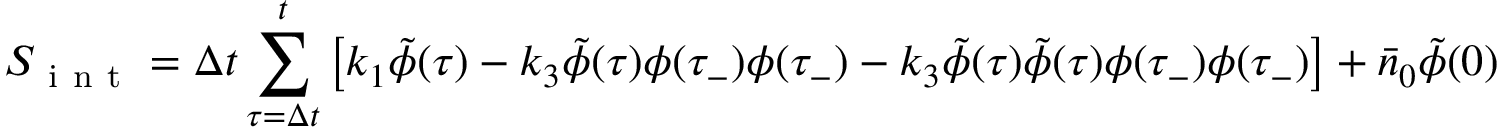
S _ { \mathrm { ~ i ~ n ~ t ~ } } = \Delta t \sum _ { \tau = \Delta t } ^ { t } \left[ k _ { 1 } \tilde { \phi } ( \tau ) - k _ { 3 } \tilde { \phi } ( \tau ) \phi ( \tau _ { - } ) \phi ( \tau _ { - } ) - k _ { 3 } \tilde { \phi } ( \tau ) \tilde { \phi } ( \tau ) \phi ( \tau _ { - } ) \phi ( \tau _ { - } ) \right] + \bar { n } _ { 0 } \tilde { \phi } ( 0 )